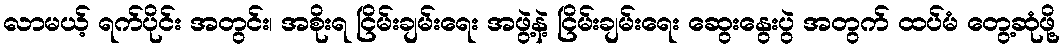
လာမယ့် ရက်ပိုင်း အတွင်း၊ အစိုးရ ငြိမ်းချမ်းရေး အဖွဲ့နဲ့ ငြိမ်းချမ်းရေး ဆွေးနွေးပွဲ အတွက် ထပ်မံ တွေ့ဆုံဖို့